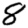
Digit: 8